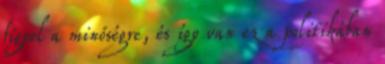
figyel a minőségre, és így van ez a politikában